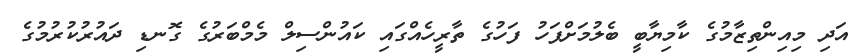
އަދި މިއިންތިޒާމުގެ ކާމިޔާބީ ބެލުމަށްފަހު ފަހުގެ ތާރީހެއްގައި ކައުންސިލް މެމްބަރުގެ ގޮނޑި ދައުރުކުރުމުގެ